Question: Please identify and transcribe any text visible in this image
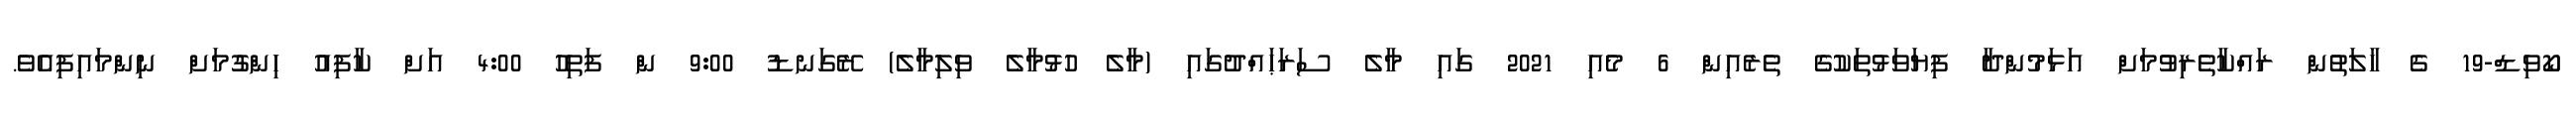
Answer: ކޯވިޑް-19 ގެ ހާލަތުން ރައްކާތެރިވުމަށް އަޅަމުންދާ ފިޔަވަޅުތަކުގެ ތެރެއިން 6 މެއި 2021 ގައި މާލެ ސަރަޙައްދުގައި (މާލެ ހުޅުމާލެ ވިލިމާލެ) ރޭގަނޑު 9:00 ން ފަތިހު 4:00 އަށް ކާފިއު ހިންގުމަށް ނިންމައިފިއެވެ.